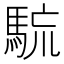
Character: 𩣇